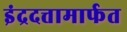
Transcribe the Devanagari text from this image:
इंद्रदत्तामार्फत